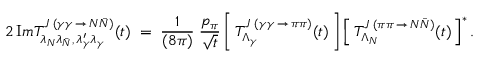
2 \, { \mathrm I m } T _ { \lambda _ { N } \lambda _ { \bar { N } } , \, \lambda _ { \gamma } ^ { \prime } \lambda _ { \gamma } } ^ { J \; ( \gamma \gamma \, \rightarrow \, N \bar { N } ) } ( t ) \; = \; { \frac { 1 } { ( 8 \pi ) } } \; { \frac { p _ { \pi } } { \sqrt { t } } } \left[ \, T _ { \Lambda _ { \gamma } } ^ { J \; ( \gamma \gamma \, \rightarrow \, \pi \pi ) } ( t ) \, \right] \left[ \, T _ { \Lambda _ { N } } ^ { J \; ( \pi \pi \, \rightarrow \, N \bar { N } ) } ( t ) \, \right] ^ { \ast } .